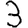
Digit: 3